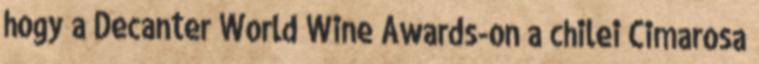
hogy a Decanter World Wine Awards-on a chilei Cimarosa